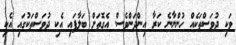
ވަކި ދުވަސްތަކެއް ހުންނާނެ ކަރާ އިންދަންވެސް. އެގޮތަށް ބަލާފައި އެކި ދުވަސްތަކުގައި އެކި